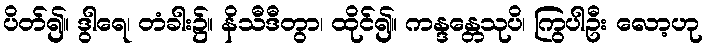
ပိတ်၍။ ဒွါရေ၊ တံခါး၌။ နိသီဒီတွာ၊ ထိုင်၍။ ကန္ဒန္တေသုပိ၊ ကြွပါဦး လော့ဟု